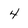
Character: 4